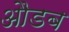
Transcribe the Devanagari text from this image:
औडब